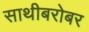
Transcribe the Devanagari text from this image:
साथीबरोबर